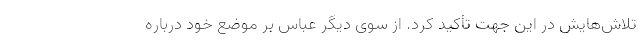
تلاش‌هایش در این جهت تأکید کرد. از سوی دیگر عباس بر موضع خود درباره